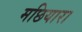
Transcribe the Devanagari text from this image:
मछियारा